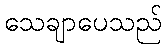
သေချာပေသည်